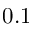
0 . 1